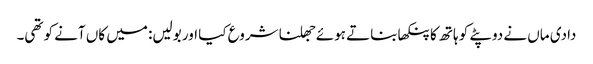
دادی ماں نے دوپٹے کو ہاتھ کا پنکھا بناتے ہوئے جھلنا شروع کیا اور بولیں: میں کاں آنے کو تھی۔